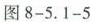
图8-5.1-5